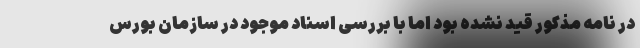
در نامه مذکور قید نشده بود اما با بررسی اسناد موجود در سازمان بورس